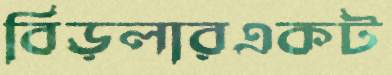
বিড়লারএকট